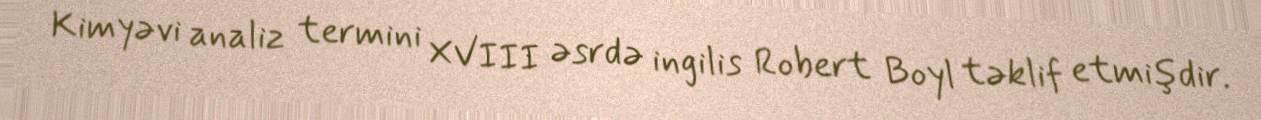
Kimyəvi analiz termini XVIII əsrdə ingilis Robert Boyl təklif etmişdir.